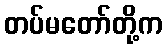
တပ်မတော်တို့က